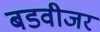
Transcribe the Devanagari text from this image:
बडवीजर